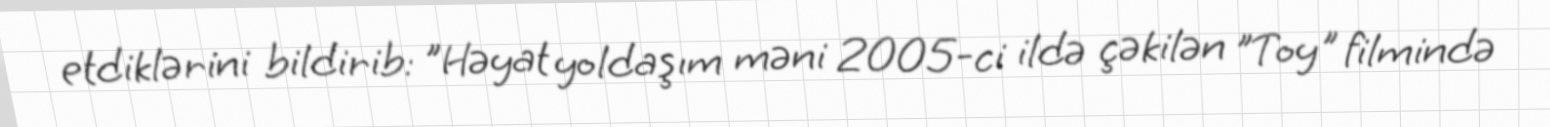
etdiklərini bildirib: "Həyat yoldaşım məni 2005-ci ildə çəkilən "Toy" filmində